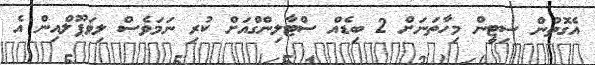
އެގޮތުން ސިޓީން މިހާތަނަށް 2 ބިޑެއް ސްޓާލިންގްއަށް ކުރި ނަމަވެސް ލިވަޕޫލްއިން އެ